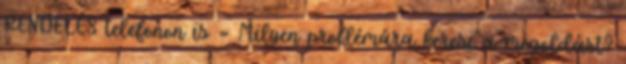
RENDELÉS telefonon is » Milyen problémára keresi a megoldást?